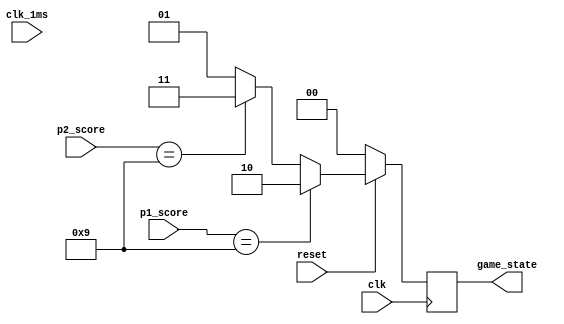
module game_state(
	input clk, clk_1ms, reset,
	input [3:0] p1_score, p2_score,
	output reg [1:0] game_state
	);
	
	reg [3:0] win = 4'b1001; //No. of goals to win

	always @ (posedge clk)
	begin
		if (!reset)
			game_state = 0;
		else 
		begin
			if ( p1_score == win)
				game_state = 2'b10;//p1 won
			else if ( p2_score == win)
				game_state = 2'b11;//p2 won
			else 
				game_state = 2'b01;//playing
		end
	end

endmodule